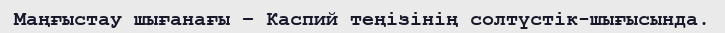
Маңғыстау шығанағы – Каспий теңізінің солтүстік-шығысында.